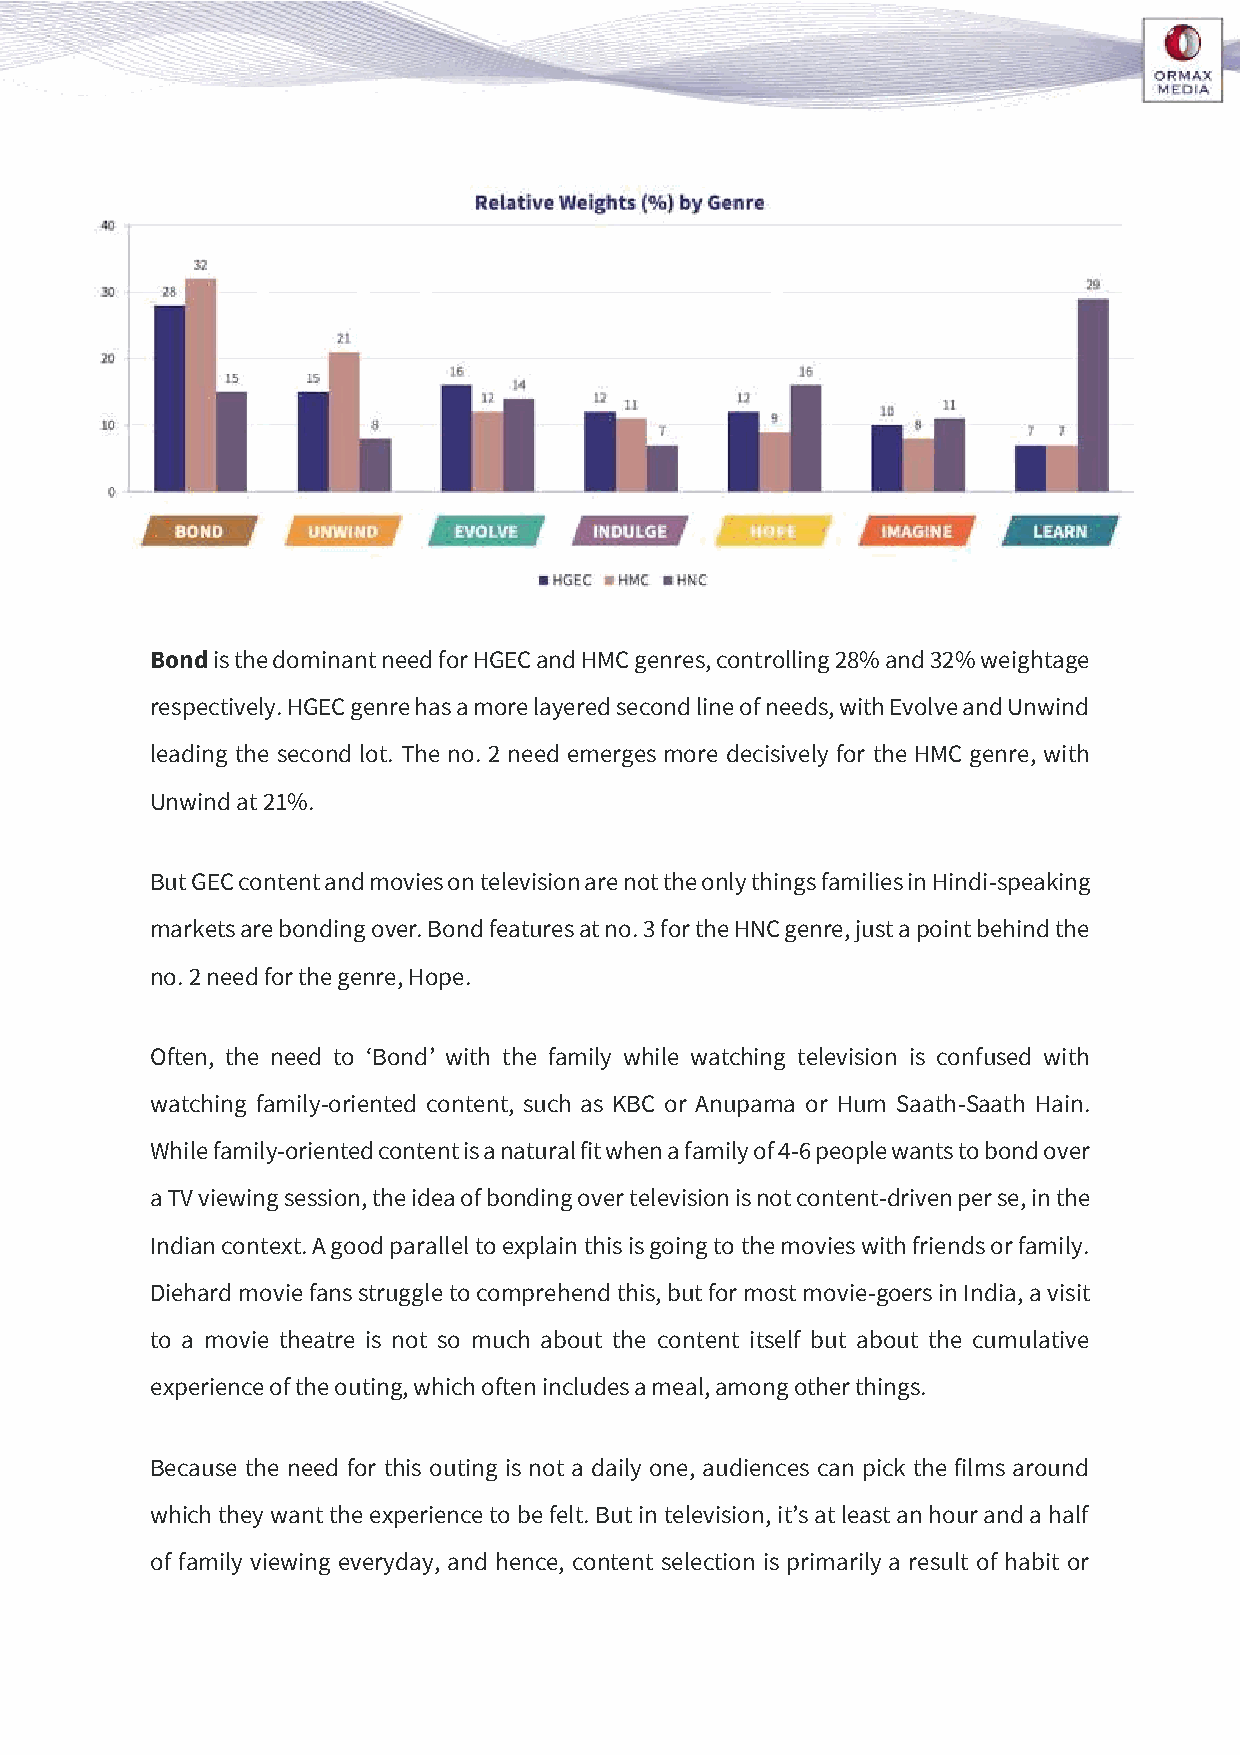
Bond is the dominant need for HGEC and HMC genres, controlling 28% and 32% weightage
 respectively. HGEC genre has a more layered second line of needs, with Evolve and Unwind
 leading the second lot. The no. 2 need emerges more decisively for the HMC genre, with
 Unwind at 21%.
 But GEC content and movies on television are not the only things families in Hindi-speaking
 markets are bonding over. Bond features at no. 3 for the HNC genre, just a point behind the
 no. 2 need for the genre, Hope.
 Often, the need to ‘Bond’ with the family while watching television is confused with
 watching family-oriented content, such as KBC or Anupama or Hum Saath-Saath Hain.
 While family-oriented content is a natural fit when a family of 4-6 people wants to bond over
 a TV viewing session, the idea of bonding over television is not content-driven per se, in the
 Indian context. A good parallel to explain this is going to the movies with friends or family.
 Diehard movie fans struggle to comprehend this, but for most movie-goers in India, a visit
 to a movie theatre is not so much about the content itself but about the cumulative
 experience of the outing, which often includes a meal, among other things.
 Because the need for this outing is not a daily one, audiences can pick the films around
 which they want the experience to be felt. But in television, it’s at least an hour and a half
 of family viewing everyday, and hence, content selection is primarily a result of habit or